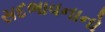
સદભાવનાનો